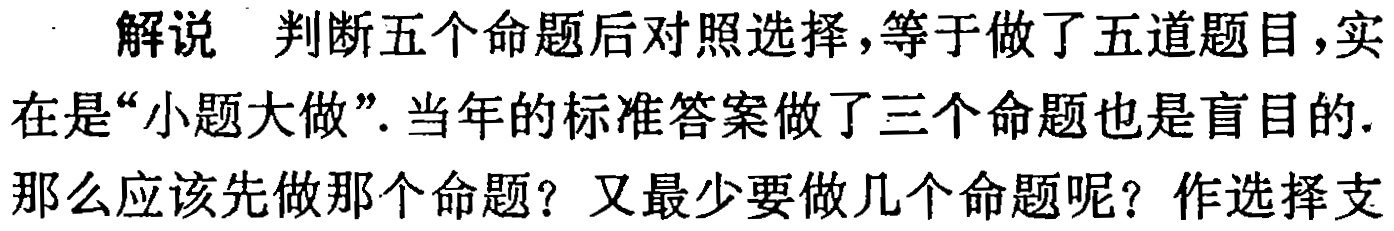
解说 判断五个命题后对照选择，等于做了五道题目，实在是“小题大做”. 当年的标准答案做了三个命题也是盲目的. 那么应该先做那个命题？又最少要做几个命题呢？作选择支